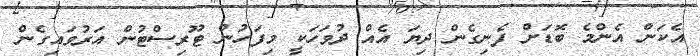
އެކަން އެންމެ ބޮޑަށް ފެނިގެން ދިޔަ އެއް ދުވަހަކީ މިފަހުން ޓޫރިސްޓުން އަރުވައިގެން